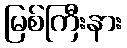
မြစ်ကြီးနား